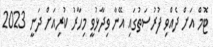
ޓޮމް އަށް ދެއްވި ފުރުސަތުގައި އޭނާ ވިދާޅުވީ މިހާރު ކުރިއަށް ދަނީ 2023